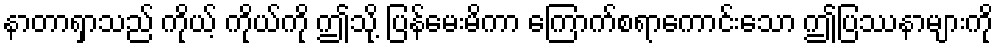
နာတာရှာသည် ကိုယ့် ကိုယ်ကို ဤသို့ ပြန်မေးမိကာ ကြောက်စရာကောင်းသော ဤပြဿနာများကို